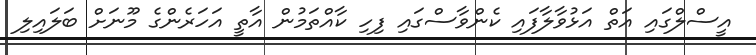
އީސްލްގައި އަތް އަޅުވާލާފައި ކެންވާސްގައި ފިހި ކާއްތަމުން އާތީ އަހަރެންގެ މޫނަށް ބަލައިލި